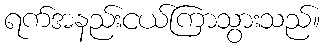
ရက်အနည်းငယ်ကြာသွားသည်။